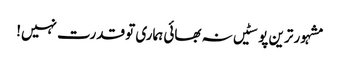
مشہور ترین پوسٹیں	نہ بھائی ہماری تو قدرت نہیں!